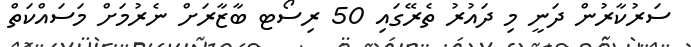
ސަރުކާރުން ދަނީ މި ދައުރު ތެރޭގައި 50 ރިސޯޓ ބާޒާރަށް ނެރުމަށް މަސައްކަތް